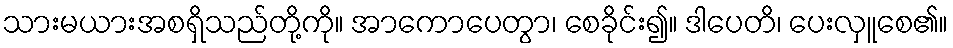
သားမယားအစရှိသည်တို့ကို။ အာကောပေတွာ၊ စေခိုင်း၍။ ဒါပေတိ၊ ပေးလှူစေ၏။